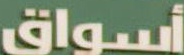
أسواق